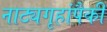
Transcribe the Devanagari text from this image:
नाट्यगृहांपैकी